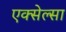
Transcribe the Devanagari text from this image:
एक्सेल्सा